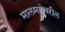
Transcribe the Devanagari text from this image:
मालमत्तेवरील